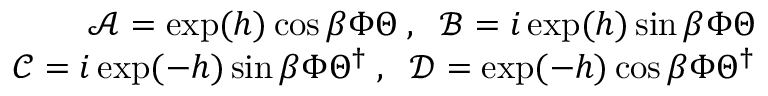
\begin{array} { r } { \mathcal { A } = \exp ( h ) \cos \beta \Phi \Theta \; , \; \; \mathcal { B } = i \exp ( h ) \sin \beta \Phi \Theta } \\ { \mathcal { C } = i \exp ( - h ) \sin \beta \Phi \Theta ^ { \dag } \; , \; \; \mathcal { D } = \exp ( - h ) \cos \beta \Phi \Theta ^ { \dag } } \end{array}